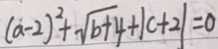
( a - 2 ) ^ { 2 } + \sqrt { b + 4 } + \vert c + 2 \vert = 0